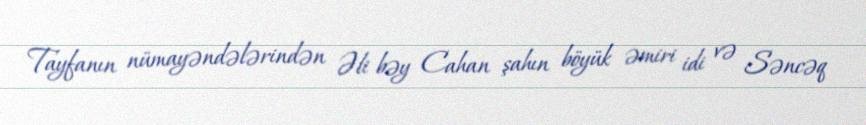
Tayfanın nümayəndələrindən Əli bəy Cahan şahın böyük əmiri idi və Səncəq